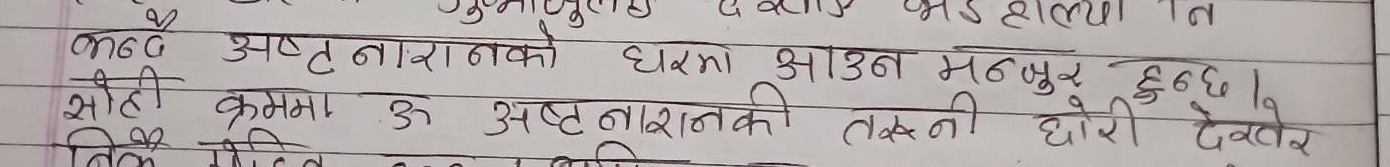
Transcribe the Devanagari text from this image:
क्कड अष्ट नारायणको घरमा आउन मन्जुर हुन्छ ।
सोही क्रममा ऊ अष्ट नारायणकी तक्नी छोरी देखेर